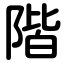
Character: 階